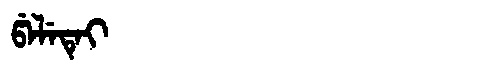
Manchu: ᡦᡝᠯᡝᡨᡝᡳ
Romanization: PELETEI